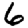
Digit: 6